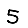
Digit: 5